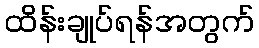
ထိန်းချုပ်ရန်အတွက်